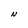
Character: N